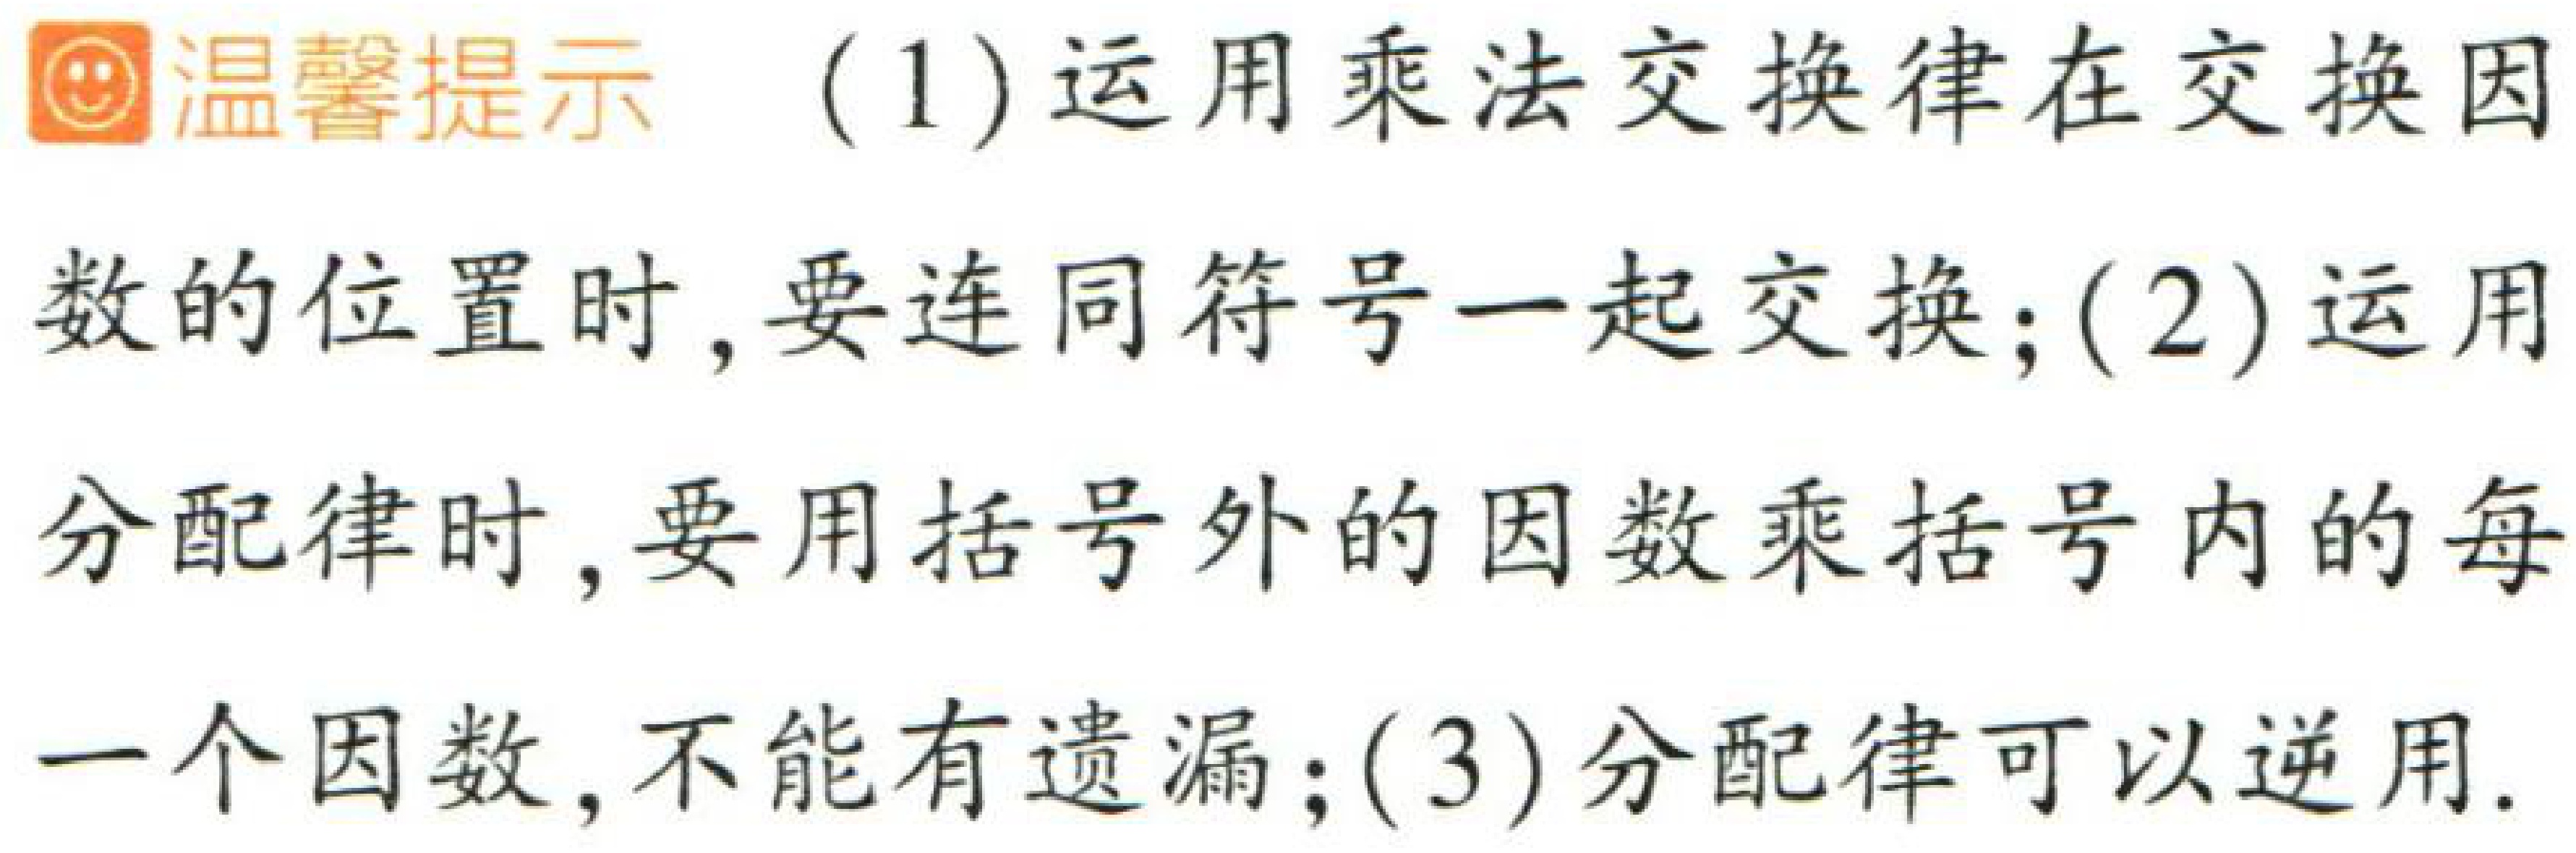
温馨提示 （1）运用乘法交换律在交换因数的位置时，要连同符号一起交换；（2）运用分配律时，要用括号外的因数乘括号内的每一个因数，不能有遗漏；（3）分配律可以逆用.